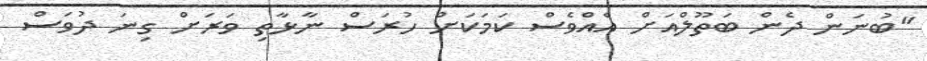
''ބުނަން ދެން ބަތޫލްއަށް އެއްވެސް ކަމަކަށް ހުރަސް ނާޅާތި ވަރަށް ގިނަ ދުވަސް